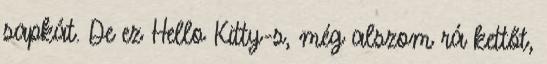
sapkát. De ez Hello Kitty-s, még alszom rá kettőt,